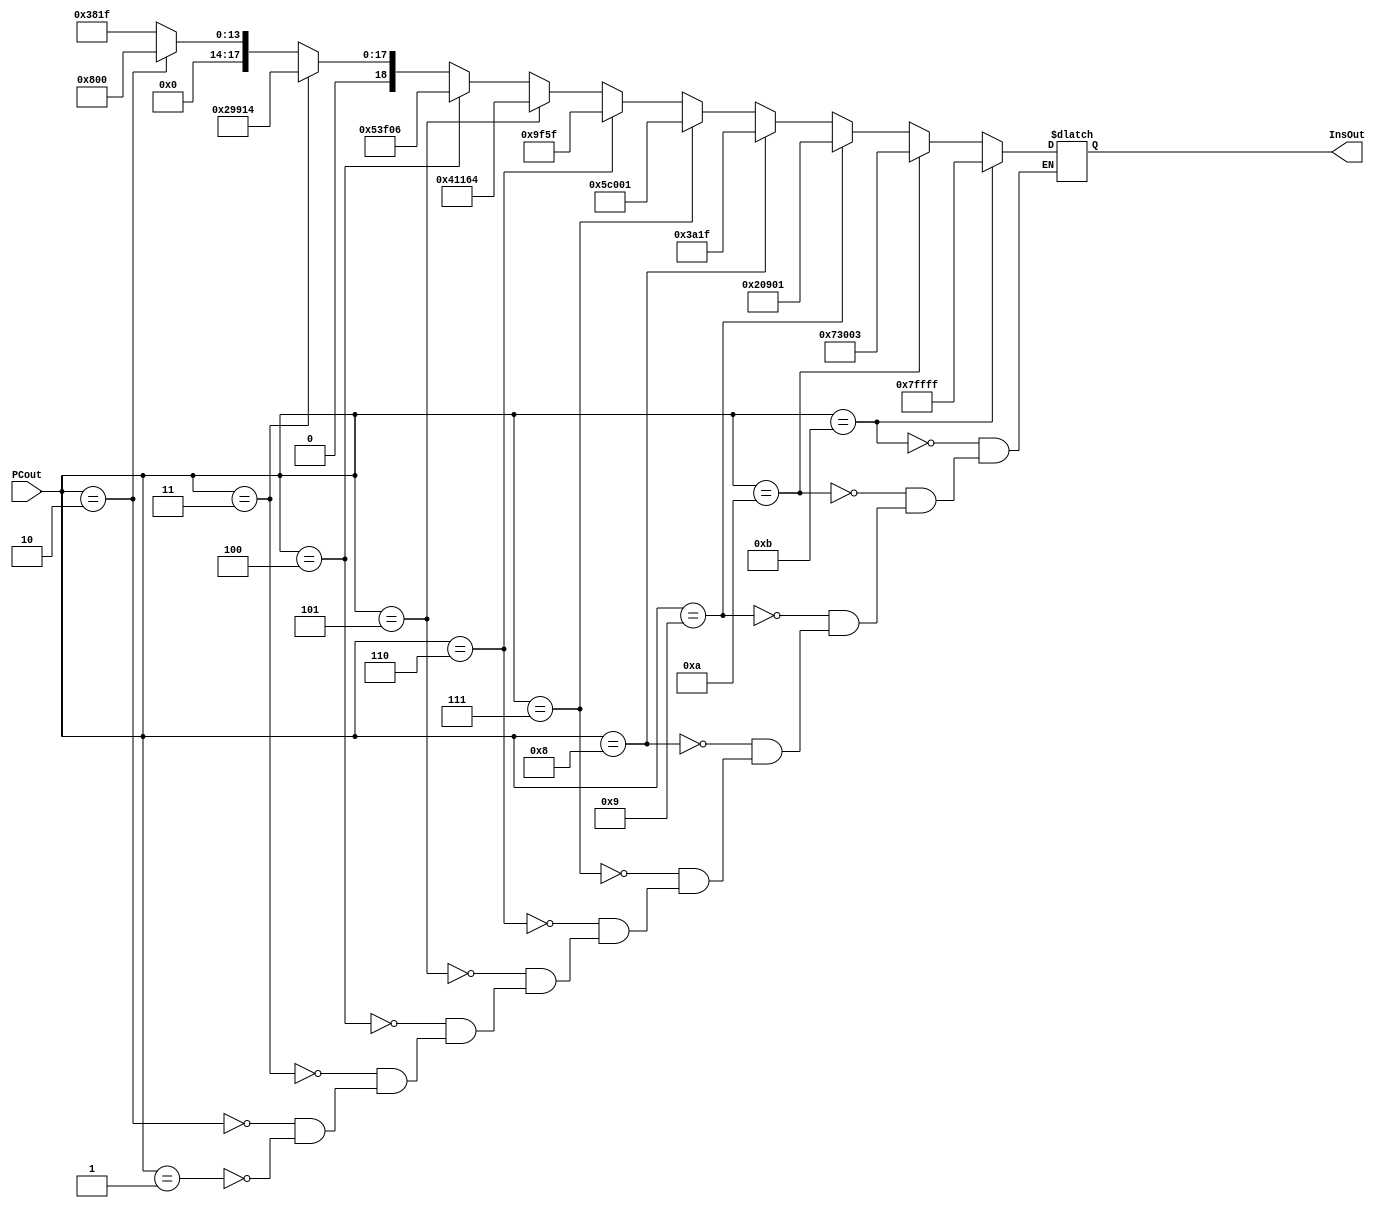
module InstructionMemory(input [11:0] PCout, output reg [18:0] InsOut);
  always @ (PCout) begin
  /*  if(PCout == 0)       InsOut <= 19'b0000001100101000000; // ADD R3 R1,R2
    else if(PCout == 1)  InsOut <= 19'b1000110100000000001; // STM R5, R0, 1
    else if(PCout == 2)  InsOut <= 19'b1000011100000000001; // LDM R7, R0, 1
   // else if(PCout == 3)  InsOut <= 19'b0000001110110000000; // ADD R3 R5,R4
   // else if(PCout == 4)  InsOut <= 19'b0000001110110000000; // ADD R3 R5,R4
    else if(PCout == 3)  InsOut <= 19'b0000011011110000000; // ADD R6 R7,R4
    else if(PCout == 4)  InsOut <= 19'b0000001110110000000; // ADD R3 R5,R4
    //if(PCout == 2)  InsOut <= 19'b0000011010010100000; // ADD R6 R4,R5
    //if(PCout == 2)  InsOut <= 19'b0001001101101000000;
    //if(PCout == 3)  InsOut <= 19'b0100010001100011001;
    //else if(PCout == 1)  InsOut <= 19'b1100111010001100000; //SHL R6 R4,3
    //if(PCout == 5)  InsOut <= 19'b1101111001110000000;
    //else if(PCout == 2)  InsOut <= 19'b1000110100000000001; // STM R5, R0, 1 
    //else if(PCout == 3)  InsOut <= 19'b1000011100000000001; // LDM R7, R0, 1
    //if(PCout == 8)  InsOut <= 19'b1010111111100000001;
    //else if(PCout == 4)  InsOut <= 19'b1110111000000000001; // JMP 1
    //if(PCout == 9)  InsOut <= 19'b1110111000000001100;//jmp to 
    //if(PCout == 10)  InsOut <= 19'b0000001100101000000;//tmp
    //if(PCout == 11)  InsOut <= 19'b0000001100101000000;//tmp
    //if(PCout == 12)  InsOut <= 19'b0000001100101000000;//tmp
    //if(PCout == 13) InsOut <= 19'b1111001111111111111;//return to 10
    //if(PCout == 14) InsOut <= 19'b1010101010101010101;
    else InsOut<= 19'b1111111111111111111;*/
    
    //Test Case 1: 
    /*if(PCout == 0) InsOut <= 19'b1000000100001100100;
    else  if(PCout == 1) InsOut <= 19'b1000001000001100110;
    else if(PCout == 2) InsOut <= 19'b0000001100101011111;
    else if(PCout == 3) InsOut <= 19'b1000101100001101000;
    else if(PCout == 4) InsOut <= 19'b1000000100001100101;
    else if(PCout == 5) InsOut <= 19'b1000001000001100111;
    else if(PCout == 6) InsOut <= 19'b0000101100101011111;
    else if(PCout == 7) InsOut <= 19'b1000101100001101001;
    else if(PCout == 8) InsOut <= 19'b1111111111111111111;*/
    //TestCase 2:
    if(PCout == 1) InsOut <= 19'b0000011100000011111;
    if(PCout == 2) InsOut <= 19'b0000000100000000000;
    if(PCout == 3) InsOut <= 19'b0101001100100010100;
    if(PCout == 4) InsOut <= 19'b1010011111100000110;
    if(PCout == 5) InsOut <= 19'b1000001000101100100;
    if(PCout == 6) InsOut <= 19'b0001001111101011111;
    if(PCout == 7) InsOut <= 19'b1011100000000000001;
    if(PCout == 8) InsOut <= 19'b0000011101000011111;
    if(PCout == 9) InsOut <= 19'b0100000100100000001;
    if(PCout == 10) InsOut<= 19'b1110011000000000011;
    if(PCout == 11) InsOut<= 19'b1111111111111111111;
    
  end
endmodule